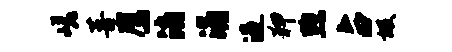
嵯菩鹰消涌造狎煦占圾